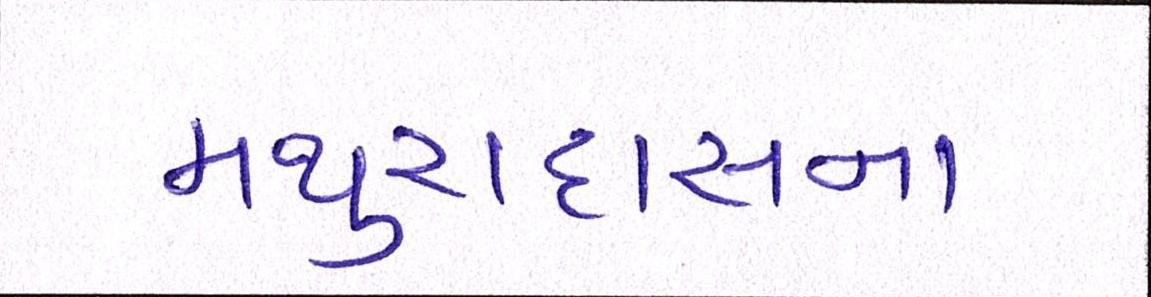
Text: મથુરાદાસના